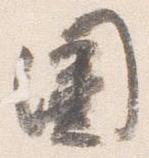
圍